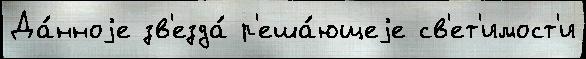
Да́нноjе зв'езда́ р'еша́ющеjе св'ет'имост'и